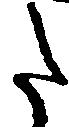
た